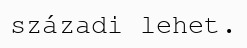
századi lehet.